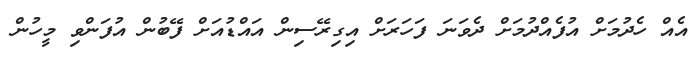
އެއް ހެދުމަށް އުފެއްދުމަށް ދެވަނަ ފަހަރަށް އިގިރޭސިން އައްޑުއަށް ފޭބުން އުފަންވި މީހުން